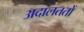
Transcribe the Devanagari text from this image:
अदालततों